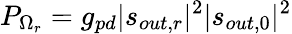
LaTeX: P_{\Omega_{r}}=g_{pd}|s_{out,r}|^{2}|s_{out,0}|^{2}